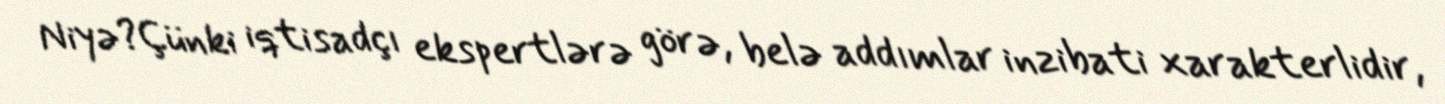
Niyə?Çünki iqtisadçı ekspertlərə görə, belə addımlar inzibati xarakterlidir,